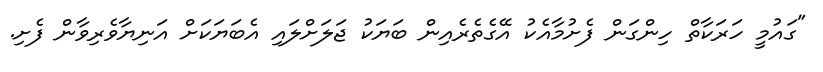
"ގައުމީ ހަރަކާތް ހިންގަން ފެށުމާއެކު އޭގެތެރެއިން ބަޔަކު ޖަލަށްލައި އެބަޔަކަށް އަނިޔާވެރިވާން ފެށި.